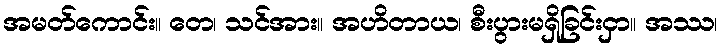
အမတ်ကောင်း။ တေ၊ သင်အား။ အဟိတာယ၊ စီးပွားမရှိခြင်းငှာ။ အဿ၊